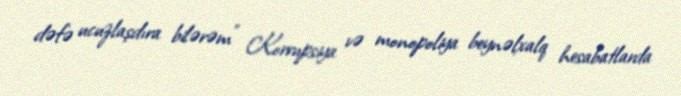
dəfə ucuzlaşdıra bilərəm” Korrupsiya və monopoliya beynəlxalq hesabatlarda